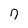
Character: 7